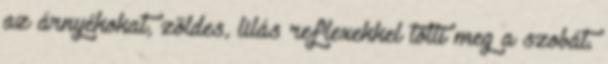
az árnyékokat, zöldes, lilás reflexekkel tölti meg a szobát.